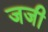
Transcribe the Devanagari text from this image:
जजी